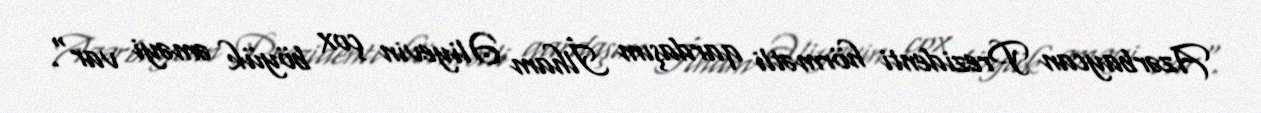
Azərbaycan Prezidenti hörmətli qardaşım İlham Əliyevin çox böyük əməyi var".